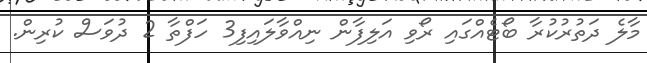
މާލެ ދަތުރުކުރާ ބޯޓެއްގައި ރޯވި އަލިފާން ނިއްވާލައިފި3 ހަފްތާ 2 ދުވަސް ކުރިން.